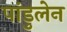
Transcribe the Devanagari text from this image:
पांडुलेन